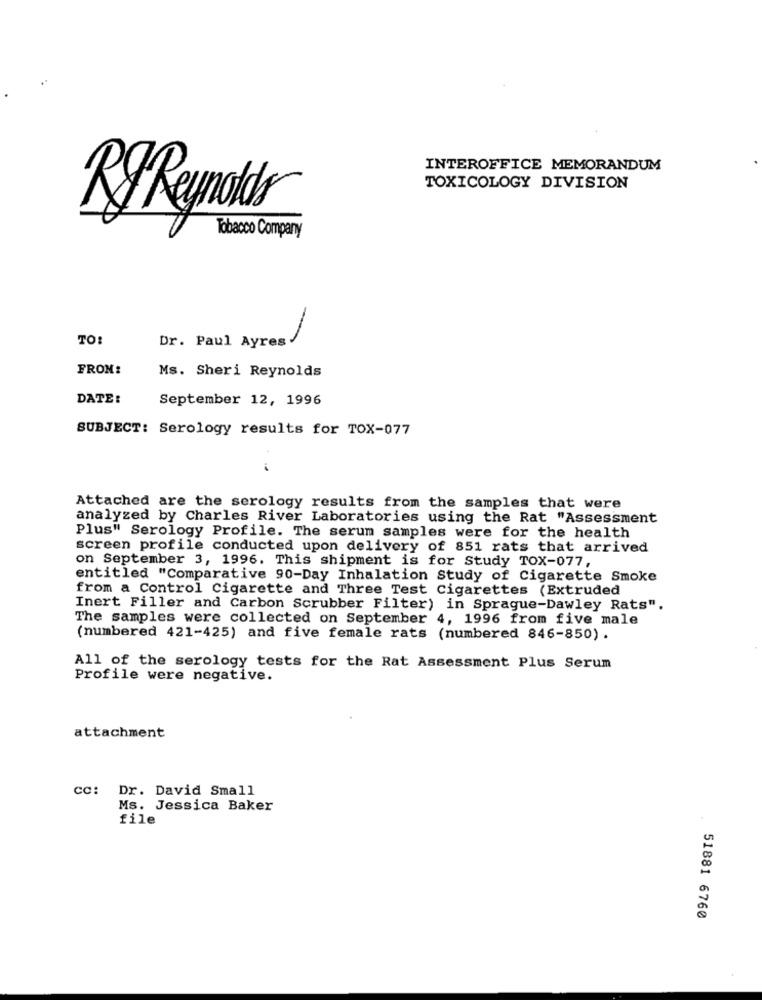
INTEROFFICE MEMORANDUM
TOXICOLOGY DIVISION
RyReynolds
Tobacco Company
TO:
Dr. Paul Ayres
FROM:
Ms. Sheri Reynolds
DATE:
September 12, 1996
SUBJECT: Serology results for TOX-077
Attached are the serology results from the samples that were
analyzed by Charles River Laboratories using the Rat "Assessment
Plus" Serology Profile. The serum samples were for the health
screen profile conducted upon delivery of 851 rats that arrived
on September 3, 1996. This shipment is for Study TOX-077,
entitled "Comparative 90-Day Inhalation Study of Cigarette Smoke
from a Control Cigarette and Three Test Cigarettes (Extruded
Inert Filler and Carbon Scrubber Filter) in Sprague-Dawley Rats".
The samples were collected on September 4, 1996 from five male
(numbered 421-425) and five female rats (numbered 846-850) .
All of the serology tests for the Rat Assessment Plus Serum
Profile were negative.
attachment
cc: Dr. David Small
Ms. Jessica Baker
file
51881 6760